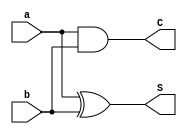
`timescale 1ns / 1ps
//////////////////////////////////////////////////////////////////////////////////
// Company: 
// Engineer: 
// 
// Design Name: 
// Module Name: HA
// Project Name: 
// Target Devices: 
// Tool Versions: 
// Description: 
// 
// Dependencies: 
// 
// Revision:
// Revision 0.01 - File Created
// Additional Comments:
// 
//////////////////////////////////////////////////////////////////////////////////


module HA(a, b, C, S);

input a, b;
output C, S;

assign C = a & b;
assign S = a ^ b;

endmodule